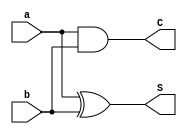
`timescale 1ns / 1ps
//////////////////////////////////////////////////////////////////////////////////
// Company: 
// Engineer: 
// 
// Design Name: 
// Module Name: HA
// Project Name: 
// Target Devices: 
// Tool Versions: 
// Description: 
// 
// Dependencies: 
// 
// Revision:
// Revision 0.01 - File Created
// Additional Comments:
// 
//////////////////////////////////////////////////////////////////////////////////


module HA(a, b, C, S);

input a, b;
output C, S;

assign C = a & b;
assign S = a ^ b;

endmodule